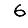
Digit: 6